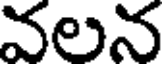
వలన